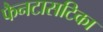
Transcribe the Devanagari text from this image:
फैनटासटिका